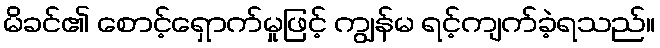
မိခင်၏ စောင့်ရှောက်မှုဖြင့် ကျွန်မ ရင့်ကျက်ခဲ့ရသည်။